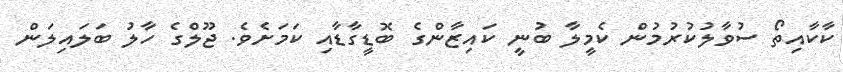
ކާކާއިތޯ ސުވާލުކުރުމުން ކެމީލާ ބުނީ ކައިޒާންގެ ބޮޑީގާޑާއި ކަމަށެވެ. ޖޫލްގެ ހާލު ބަލައިލަން